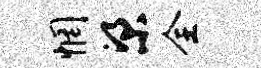
惘梁全